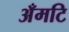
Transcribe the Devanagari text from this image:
अँमटि